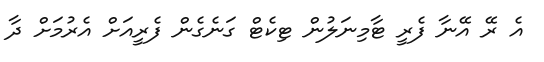
އެ ރޭ އޭނާ ފެރީ ޓާމިނަލުން ޓިކެޓް ގަނެގެން ފެރީއަށް އެރުމަށް ދާ